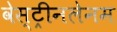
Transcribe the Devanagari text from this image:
वेस्ट्रीनलेनम